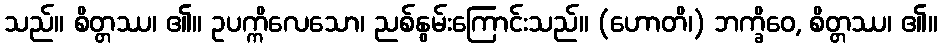
သည်။ စိတ္တဿ၊ ၏။ ဥပက္ကိလေသော၊ ညစ်နွမ်းကြောင်းသည်။ (ဟောတိ၊) ဘက္ခိဝေ, စိတ္တဿ၊ ၏။